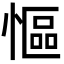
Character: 慪